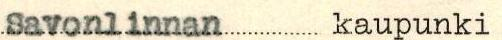
Savonlinnan kaupunki